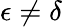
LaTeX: \epsilon\neq\delta